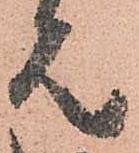
は